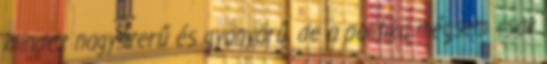
mindez nagyszerű és gyönyörű, de a politika mégsem csak